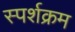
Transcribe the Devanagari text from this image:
स्पर्शक्रम